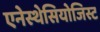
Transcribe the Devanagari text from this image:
एनेस्थेसियोजिस्ट